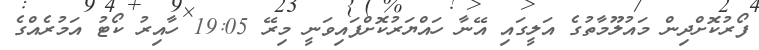
ފޯރުކޮށްދިން މައުލޫމާތުގެ އަލީގައި އޭނާ ހައްޔަރުކޮށްފައިވަނީ މިރޭ 19:05 ހާއިރު ކޯޓު އަމުރެއްގެ